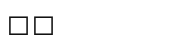
٨١